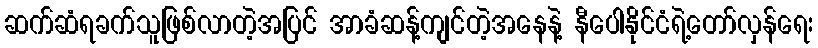
ဆက်ဆံရခက်သူဖြစ်လာတဲ့အပြင် အာခံဆန့်ကျင်တဲ့အနေနဲ့ နီပေါနိုင်ငံရဲ့တော်လှန်ရေး